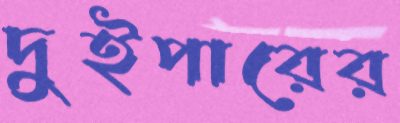
দুইপারের